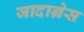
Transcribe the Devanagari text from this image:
जादाग्रेस